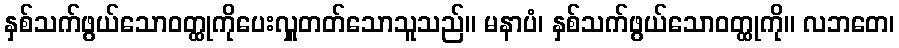
နှစ်သက်ဖွယ်သောဝတ္ထုကိုပေးလှူတတ်သောသူသည်။ မနာပံ၊ နှစ်သက်ဖွယ်သောဝတ္ထုကို။ လဘတေ၊